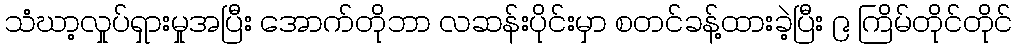
သံဃာ့လှုပ်ရှားမှုအပြီး အောက်တိုဘာ လဆန်းပိုင်းမှာ စတင်ခန့်ထားခဲ့ပြီး ၉ ကြိမ်တိုင်တိုင်